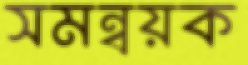
সমন্বয়ক